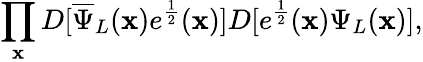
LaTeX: \prod_{\mathbf{x}}D[{\overline{{{\Psi}}}}_{L}(\mathbf{x})e^{\frac{{1}}{{2}}}(\mathbf{x})]D[e^{\frac{{1}}{{2}}}(\mathbf{x})\Psi_{L}(\mathbf{x})],